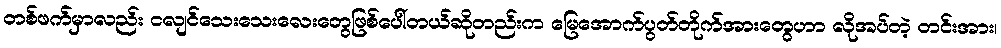
တစ်ဖက်မှာလည်း ငလျင်သေးသေးလေးတွေဖြစ်ပေါ်တယ်ဆိုတည်းက မြေအောက်ပွတ်တိုက်အားတွေဟာ လိုအပ်တဲ့ တင်းအား၊